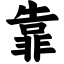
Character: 靠